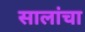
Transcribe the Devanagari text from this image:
सालांचा